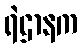
ရဲဌာနက